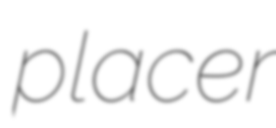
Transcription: placer